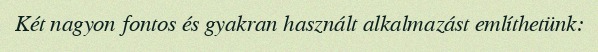
Két nagyon fontos és gyakran használt alkalmazást említhetünk: